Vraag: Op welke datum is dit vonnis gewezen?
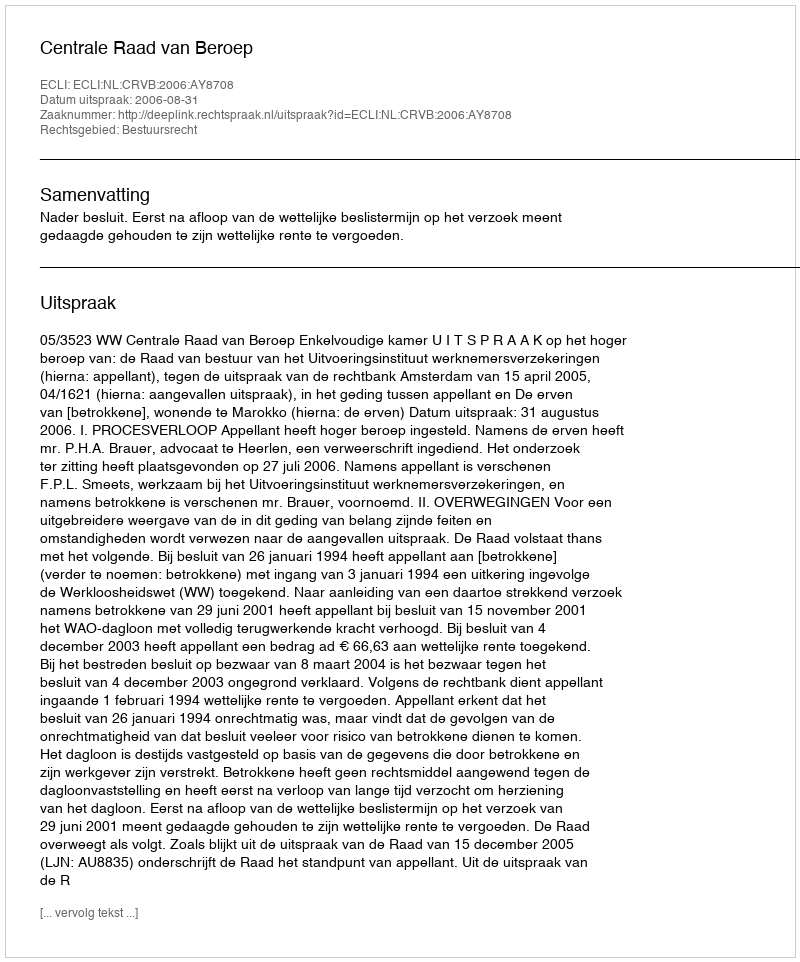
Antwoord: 2006-08-31